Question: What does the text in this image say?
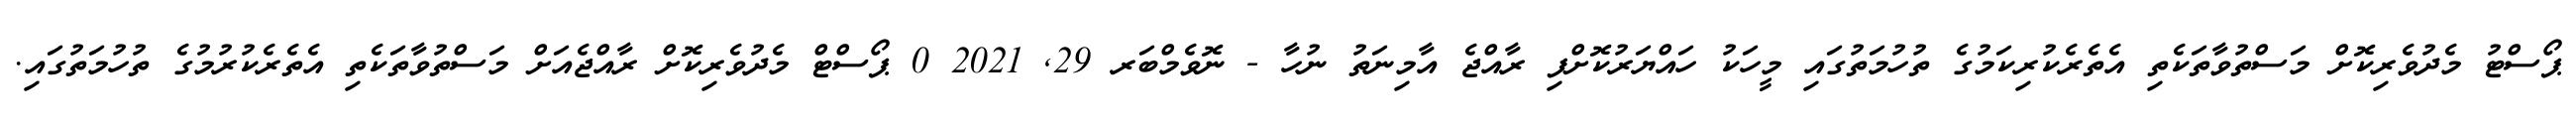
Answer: ޕޯސްޓު މެދުވެރިކޮށް މަސްތުވާތަކެތި އެތެރެކުރިކަމުގެ ތުހުމަތުގައި މީހަކު ހައްޔަރުކޮށްފި ރާއްޖެ އާމިނަތު ނުހާ - ނޮވެމްބަރ 29, 2021 0 ޕޯސްޓް މެދުވެރިކޮށް ރާއްޖެއަށް މަސްތުވާތަކެތި އެތެރެކުރުމުގެ ތުހުމަތުގައި.